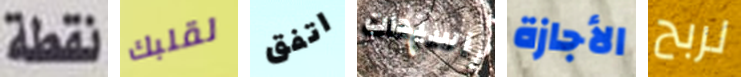
نقطة لقلبك اتفق ياسيدات الأجازة لربح